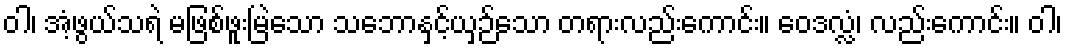
ဝါ၊ အံ့ဖွယ်သရဲ မဖြစ်ဖူးမြဲသော သဘောနှင့်ယှဉ်သော တရားလည်းကောင်း။ ဝေဒလ္လံ၊ လည်းကောင်း။ ဝါ၊